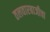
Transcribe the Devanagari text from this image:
तलवारबाजीचा